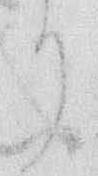
り